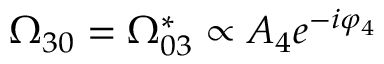
\Omega _ { 3 0 } = \Omega _ { 0 3 } ^ { * } \propto A _ { 4 } e ^ { - i \varphi _ { 4 } }